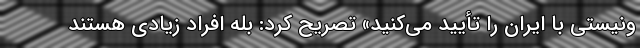
ونیستی با ایران را تأیید می‌کنید» تصریح کرد: بله افراد زیادی هستند